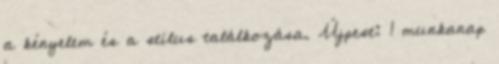
a kényelem és a stílus találkozása. Újpest: 1 munkanap